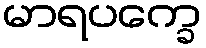
မာရပက္ခေ